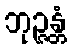
ဘုဉ္ဇန္တံ